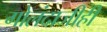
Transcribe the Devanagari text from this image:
गोलंदाजीही